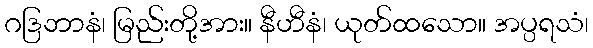
ဂဒြဘာနံ၊ မြည်းတို့အား။ နီဟီနံ၊ ယုတ်ထသော။ အပ္ပရသံ၊